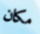
مكان